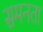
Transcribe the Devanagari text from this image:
समनता